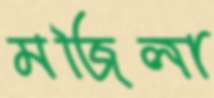
মজিলা